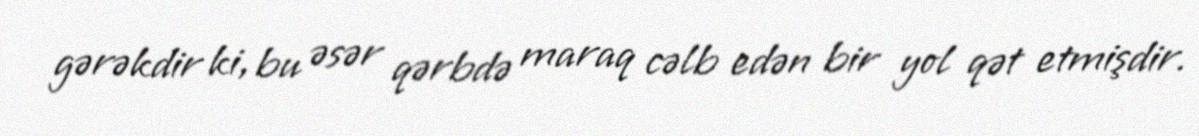
gərəkdir ki, bu əsər qərbdə maraq cəlb edən bir yol qət etmişdir.